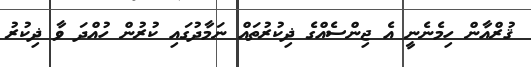
ޤުރްއާން ހިމެނެނީ އެ ޖިންސެއްގެ ޛިކުރުތައް ނަމާދުގައި ކުރުން ހުއްދަ ވާ ޛިކުރު